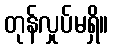
တုန်လှုပ်မရှိ။